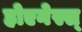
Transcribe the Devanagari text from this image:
होएनेस्स्